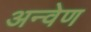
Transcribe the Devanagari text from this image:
अन्वेण